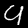
Label: 9